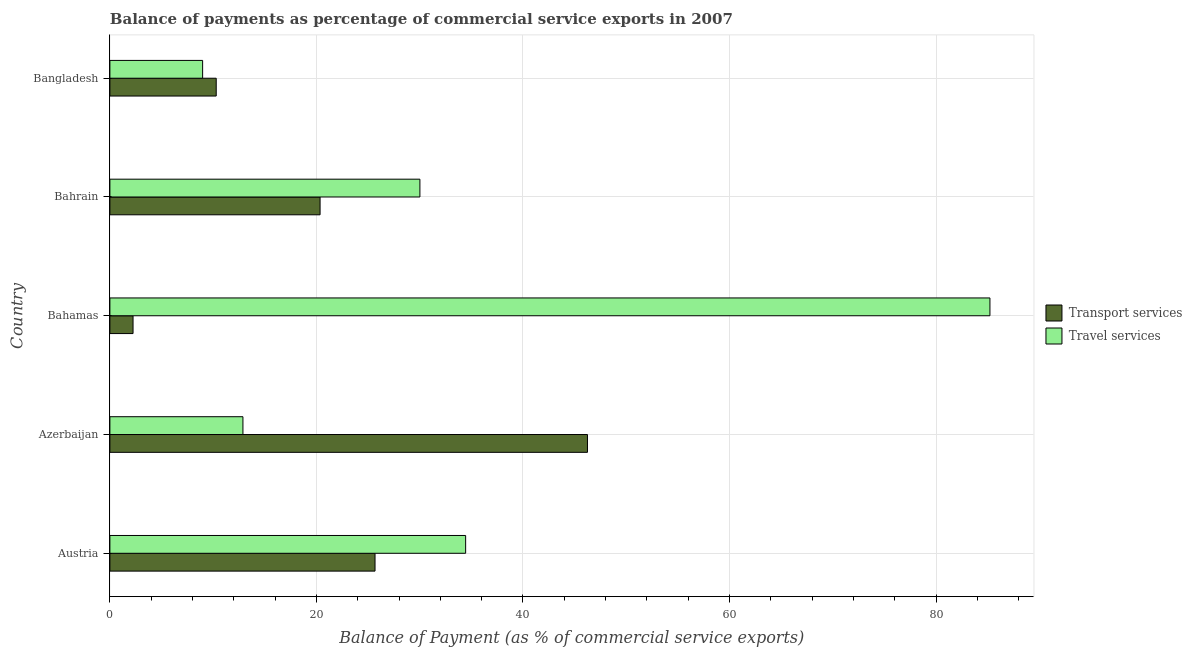
| Country | Transport services | Travel services |
 | --- | --- | --- |
 | Austria | 25.7 | 34.4 |
 | Azerbaijan | 46.2 | 12.9 |
 | Bahamas | 2.24 | 85.2 |
 | Bahrain | 20.4 | 30 |
 | Bangladesh | 10.3 | 8.98 |